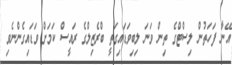
އޭނާ ފަހަތުން ލިސްޓްގެ ތިން ވަނަ ލިބިވަޑައިގަތީ ބްރެޒިލްގެ ރައީސް ކަމަށް ވަޑައިގެންނެވި